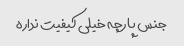
جنس پارچه خیلی کیفیت نداره